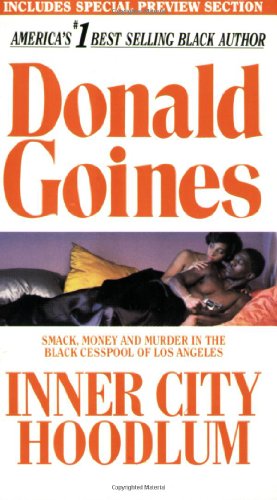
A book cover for Inner City Hoodlum; Donald Goines; Literature & Fiction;